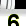
Digit: 3